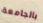
بالجامعة